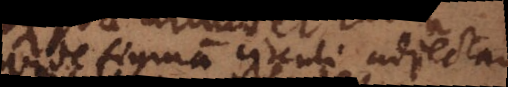
vide figuram circuli adjectam